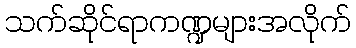
သက်ဆိုင်ရာကဏ္ဍများအလိုက်